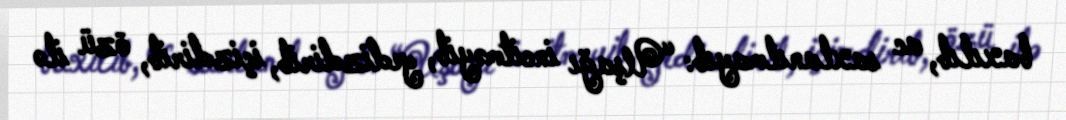
baxılıb, ac saxlanılmayıb: “Uşağı incitməyib, yedizdirib, içizdirib, özü ilə